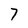
Character: 7